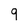
Character: 9